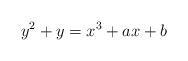
LaTeX: \begin{align*}y^2 + y = x^3 + ax + b\end{align*}